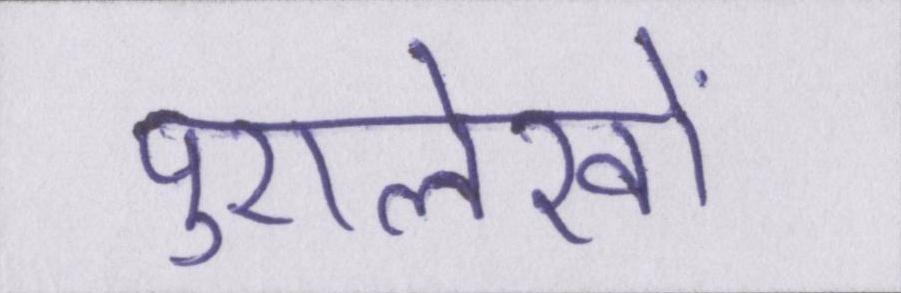
पुरालेखों